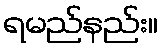
ရမည်နည်း။